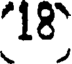
18